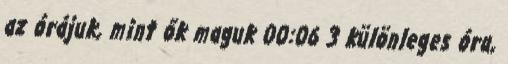
az órájuk, mint ők maguk 00:06 3 különleges óra,